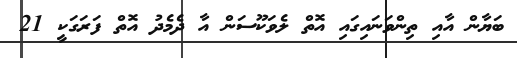
ބަޔާން އާއި ތިންވަނައިގައި އޮތް ލެވަކޫސަން އާ ދެމެދު އޮތް ފަރަގަކީ 21